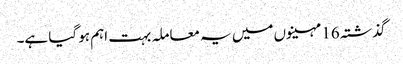
گذشتہ 16 مہینوں میں یہ معاملہ بہت اہم ہو گیا ہے۔